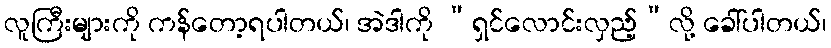
လူကြီးများကို ကန်တော့ရပါတယ်၊ အဲဒါကို “ရှင်လောင်းလှည့်”လို့ ခေါ်ပါတယ်၊